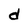
Character: d